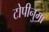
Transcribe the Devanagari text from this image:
टोपीनुमा